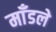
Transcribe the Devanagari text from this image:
माँडले